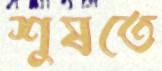
শুষতে